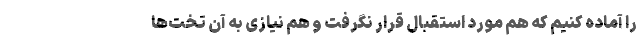
را آماده کنیم که هم مورد استقبال قرار نگرفت و هم نیازی به آن تخت‌ها